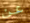
عن